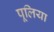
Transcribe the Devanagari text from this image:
पूलिया